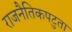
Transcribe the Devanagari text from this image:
राजनैतिकपटुता